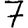
Digit: 7